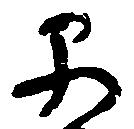
早